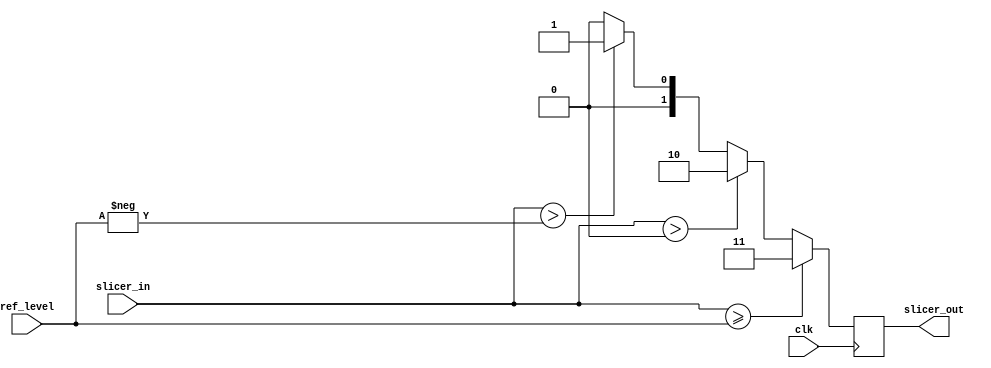
// Implement the decision rule for the system based on 18 bit output

module slicer (
	input clk,
    input signed [17:0] slicer_in, ref_level,
    output reg [1:0] slicer_out
);

always @ (posedge clk)
    if (slicer_in >= ref_level)	// 3b on constellation
        slicer_out <= 2'b11;
    else if (slicer_in > 18'sd0)	// b on constellation
        slicer_out <= 2'b10;
    else if (slicer_in > -ref_level)	// -b on constellation
        slicer_out <= 2'b01;
    else
        slicer_out <= 2'b00;	// -3b on constellation

endmodule